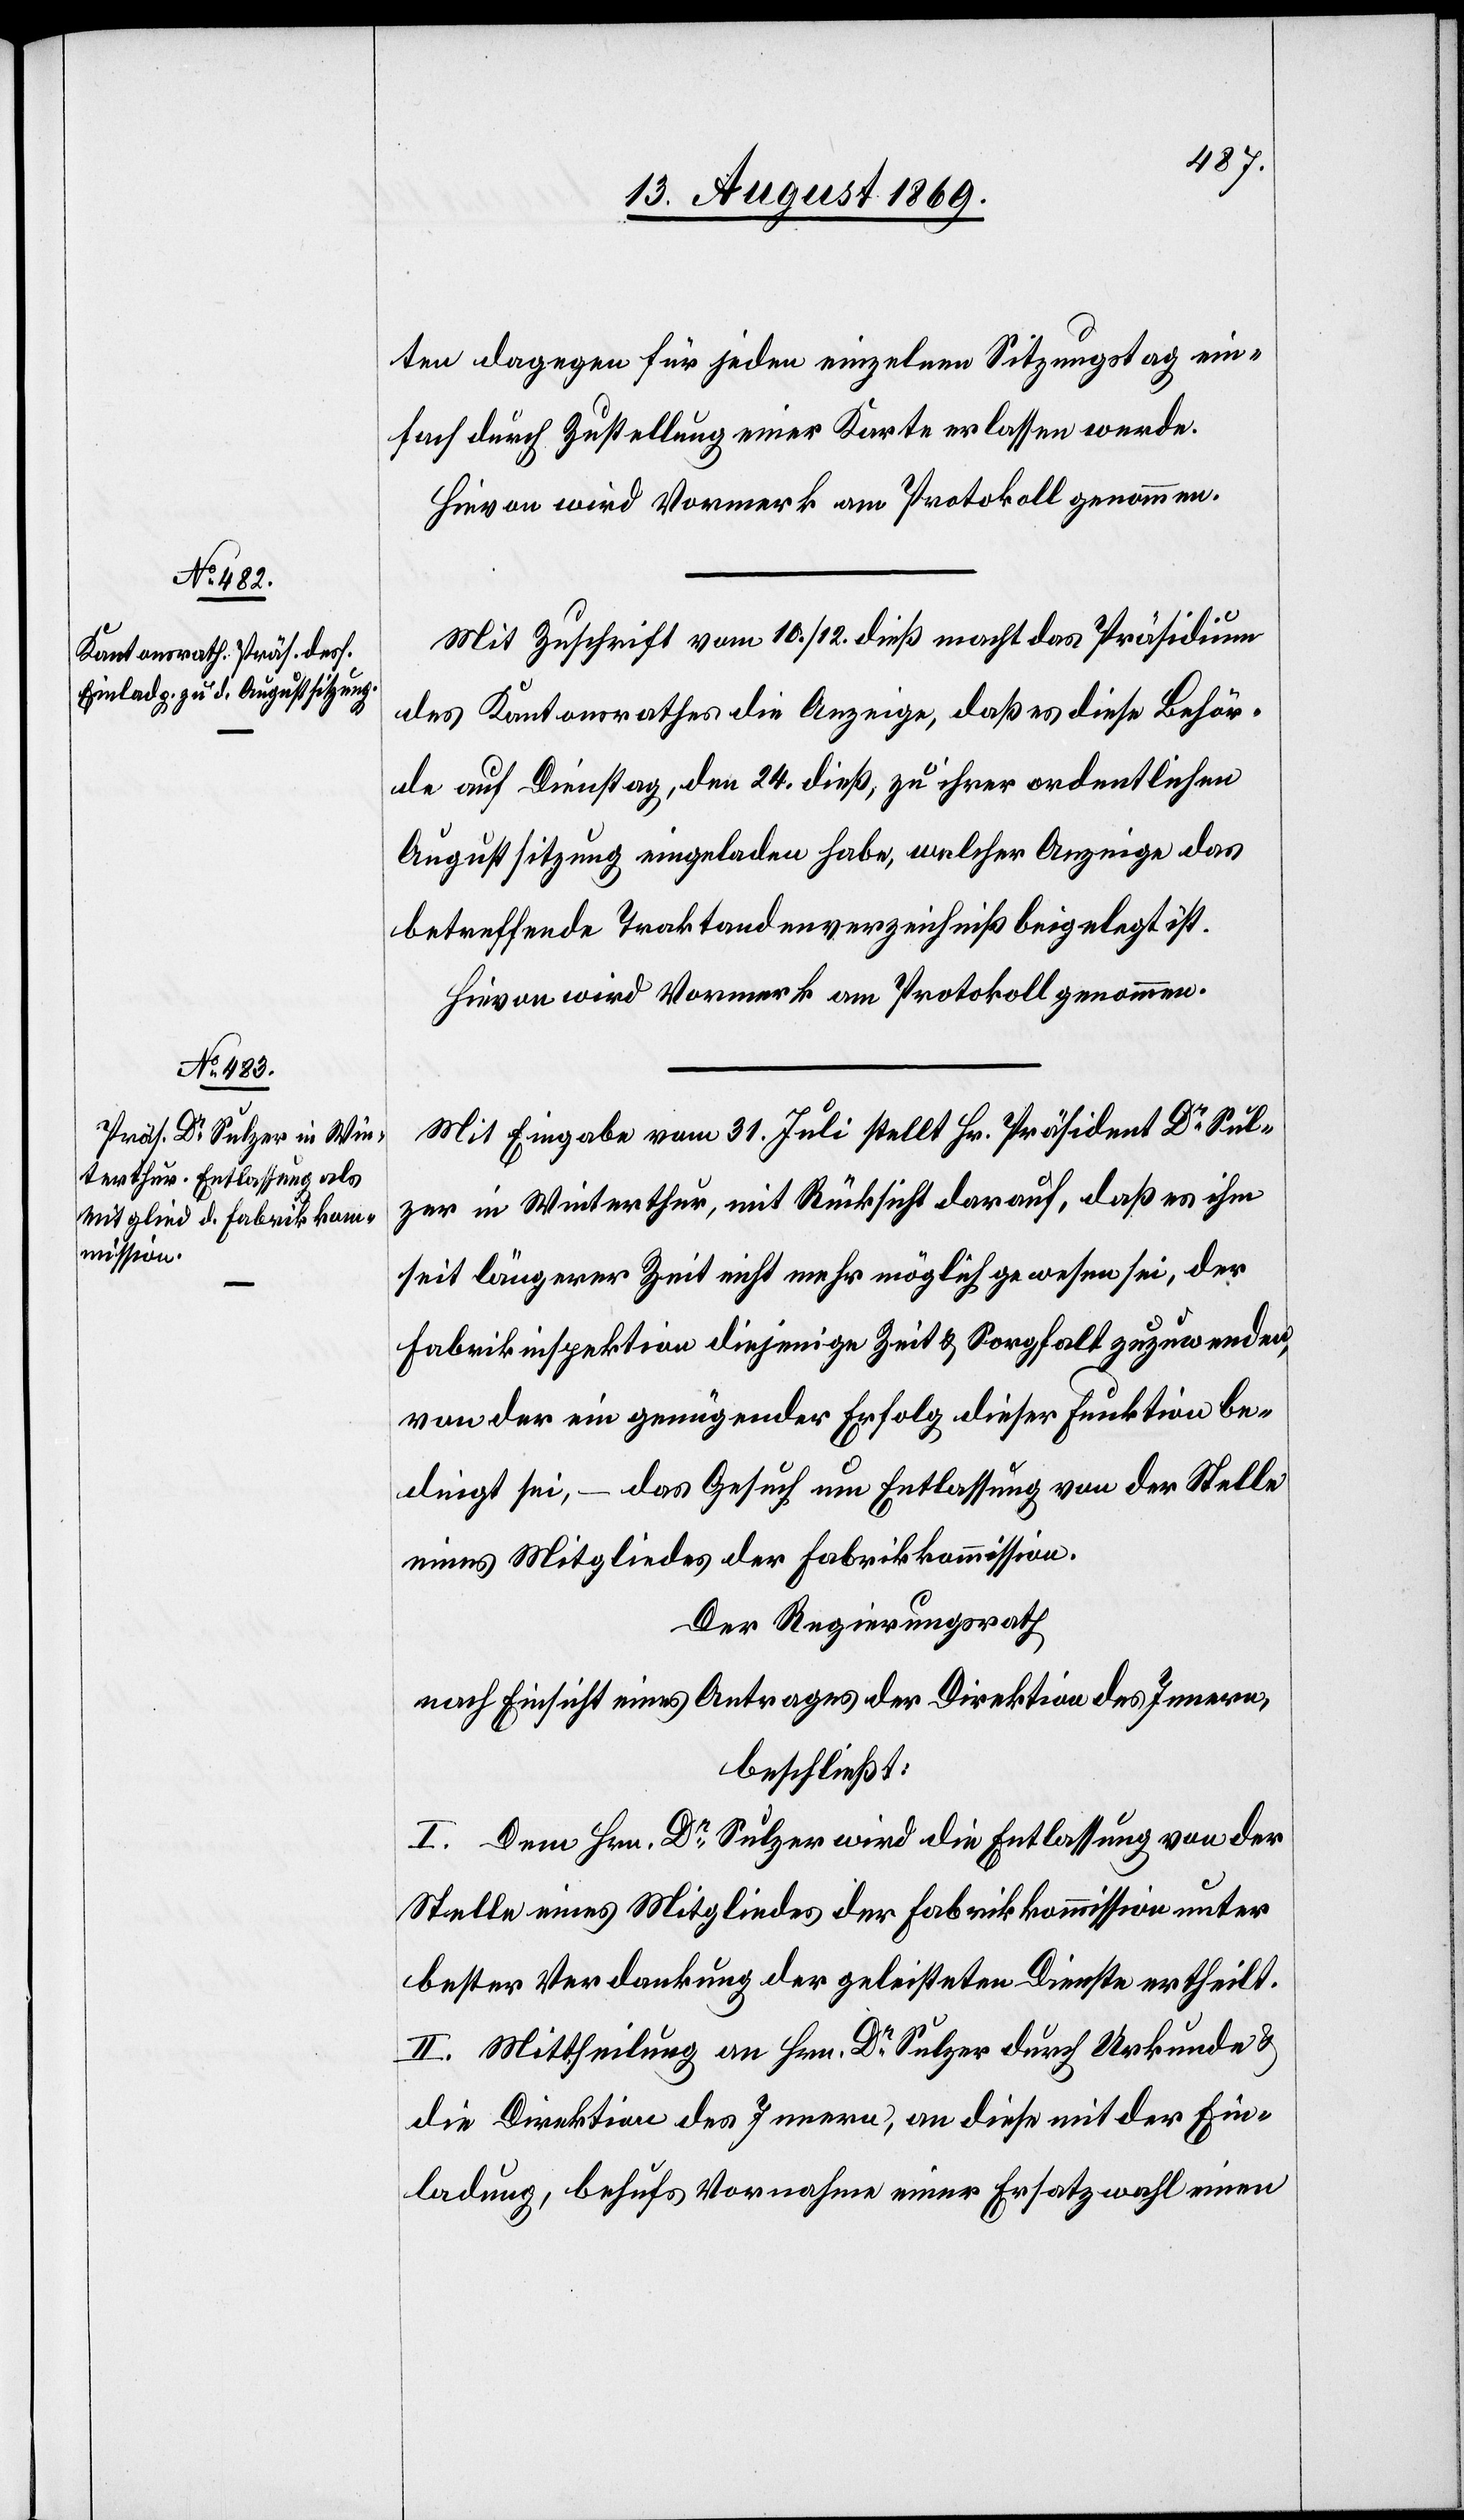
ten dagegen für jeden einzelnen Sitzungstag ein¬
fach durch Zustellung einer Karte erlassen werde.
Hievon wird Vormerk am Protokoll genommen.
Mit Zuschrift vom 10/12 dieß macht das Präsidium
des Kantonsrathes die Anzeige, daß es diese Behör¬
de auf Dienstag, den 24 dieß, zu ihrer ordentlichen
Augustsitzung eingeladen habe, welcher Anzeige das
betreffende Traktandenverzeichniß beigelegt ist.
Hievon wird Vormerk am Protokoll genommen.
Mit Eingabe vom 31 Juli stellt Hr. Präsident Dr Sul¬
zer in Winterthur, mit Rücksicht darauf, daß es ihm
seit längerer Zeit nicht mehr möglich gewesen sei, der
Fabrikinspektion diejenige Zeit & Sorgfalt zuzuwenden,
von der ein genügender Erfolg dieser Funktion be¬
dingt sei, – das Gesuch um Entlassung von der Stelle
eines Mitgliedes der Fabrikkommission.
Der Regierungsrath,
nach Einsicht eines Antrages der Direktion des Innern,
beschließt:
I. Dem Hrn. Dr Sulzer wird die Entlassung von der
Stelle eines Mitgliedes der Fabrikkommission unter
bester Verdankung der geleisteten Dienste ertheilt.
II. Mittheilung an Hrn. Dr Sulzer durch Urkunde &
die Direktion des Innern, an diese mit der Ein¬
ladung, behufs Vornahme einer Ersatzwahl einen